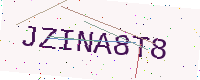
Text: JZINA8T8